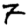
Digit: 7